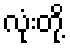
လုံးတို့